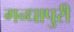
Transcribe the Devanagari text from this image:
गन्धापुरी